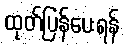
ထုတ်ပြန်ပေးရန်